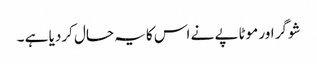
شوگر اور موٹاپے نے اس کایہ حال کردیا ہے ۔